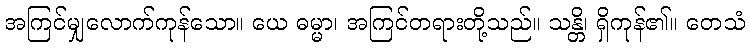
အကြင်မျှလောက်ကုန်သော။ ယေ ဓမ္မာ၊ အကြင်တရားတို့သည်။ သန္တိ၊ ရှိကုန်၏။ တေသံ